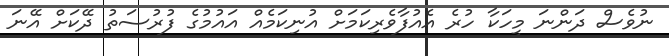
ނުވެސް ދަންނަ މީހަކާ ހުރެ އެއުފާވެރިކަމަށް އުނިކަމެއް އައުމުގެ ފުރުސަތު ދޭކަށް އޭނަ